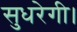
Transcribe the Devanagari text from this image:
सुधरेगी।